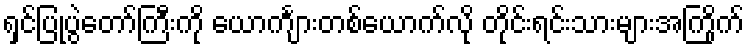
ရှင်ပြုပွဲတော်ကြီးကို ယောင်္ကျားတစ်ယောက်လို တိုင်းရင်းသားများအကြိုက်